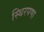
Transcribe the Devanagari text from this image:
स्थिरपणा